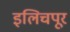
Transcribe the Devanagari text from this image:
इलिचपूर